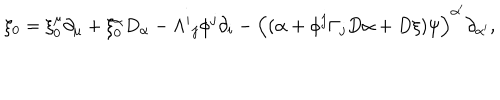
LaTeX: \xi _ { 0 } = \xi _ { 0 } ^ { \mu } \partial _ { \mu } + \xi _ { 0 } ^ { \alpha } D _ { \alpha } - \Lambda ^ { i } { } _ { j } \phi ^ { j } \partial _ { i } - \Big ( ( \alpha + \phi ^ { j } \Gamma _ { j } D \alpha + D \xi ) \psi \Big ) ^ { \alpha ^ { \prime } } \partial _ { \alpha ^ { \prime } } ,